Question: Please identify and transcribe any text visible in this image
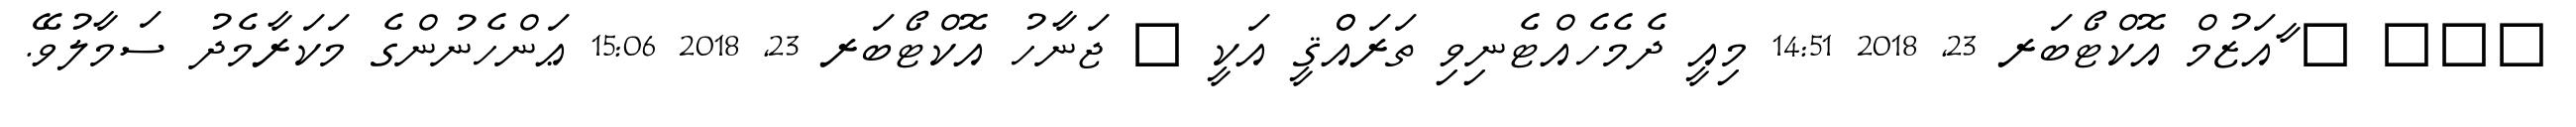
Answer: ??? ? ާއަޒުމް އޮކްޓޯބަރ 23, 2018 14:51 މިއީ ދެމެހެއްޓެނިވި ތަރައްްޤީ އަކީ ? ޖަނާހު އޮކްޓޯބަރ 23, 2018 15:06 ޢަންހެނުންގެ މަކަރާމެދު ސަމާލުވޭ.